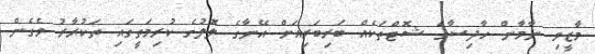
މާޒީވި ނާމާން ހާދިސާގެ ޝޮޓްތަކެއް ބަރިބަރިއަށް އޭނާގެ ލޮލުގެ ކުރިމަތީގައި ތަކުރާރު ވެގެން